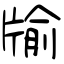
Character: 牏